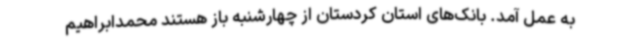
به عمل آمد. بانک‌های استان کردستان از چهارشنبه باز هستند محمدابراهیم